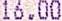
16.00